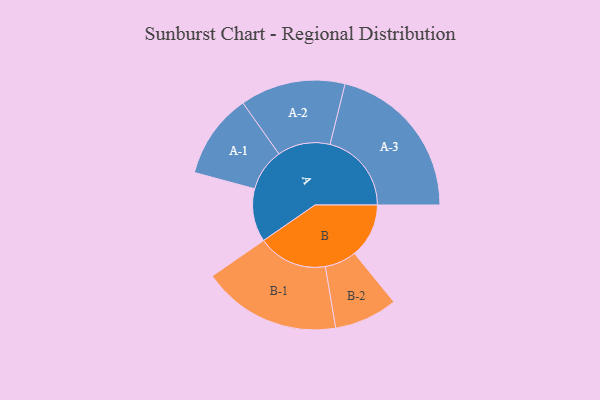
{"axis": {"x": "Segment", "y": "Value"}, "legend": ["", "A", "B"], "data": [{"x": "A", "y": 183, "type": ""}, {"x": "B", "y": 187, "type": ""}, {"x": "A-1", "y": 146, "type": "A"}, {"x": "A-2", "y": 181, "type": "A"}, {"x": "A-3", "y": 280, "type": "A"}, {"x": "B-1", "y": 239, "type": "B"}, {"x": "B-2", "y": 109, "type": "B"}]}